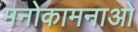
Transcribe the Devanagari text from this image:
मनोकामनाओ